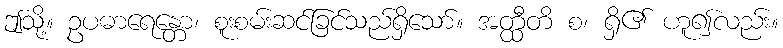
ဤသို့။ ဥပဓာရေန္တော၊ စူးစမ်းဆင်ခြင်သည်ရှိသော်။ အတ္ထီတိ စ၊ ရှိ၏ ဟူ၍လည်း။